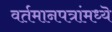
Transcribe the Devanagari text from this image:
वर्तमानपत्रांमध्यॆ